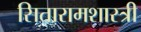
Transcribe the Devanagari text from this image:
सितारामशास्त्री